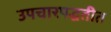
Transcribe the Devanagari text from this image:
उपचारपद्धतीत